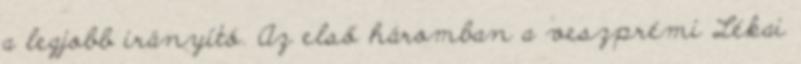
a legjobb irányító. Az első háromban a veszprémi Lékai